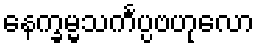
နေက္ခမ္မသင်္ကပ္ပဗဟုလော